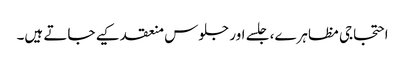
احتجاجی مظاہرے، جلسے اور جلوس منعقد کیے جاتے ہیں۔